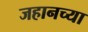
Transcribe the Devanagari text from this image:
जहानच्या